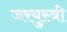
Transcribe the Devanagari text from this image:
जरयुस्त्री